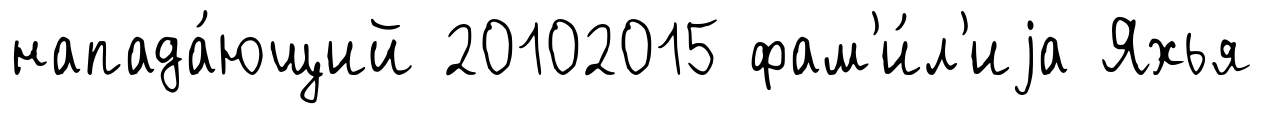
напада́ющий 20102015 фам'и́л'иjа Яхья